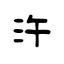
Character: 汻